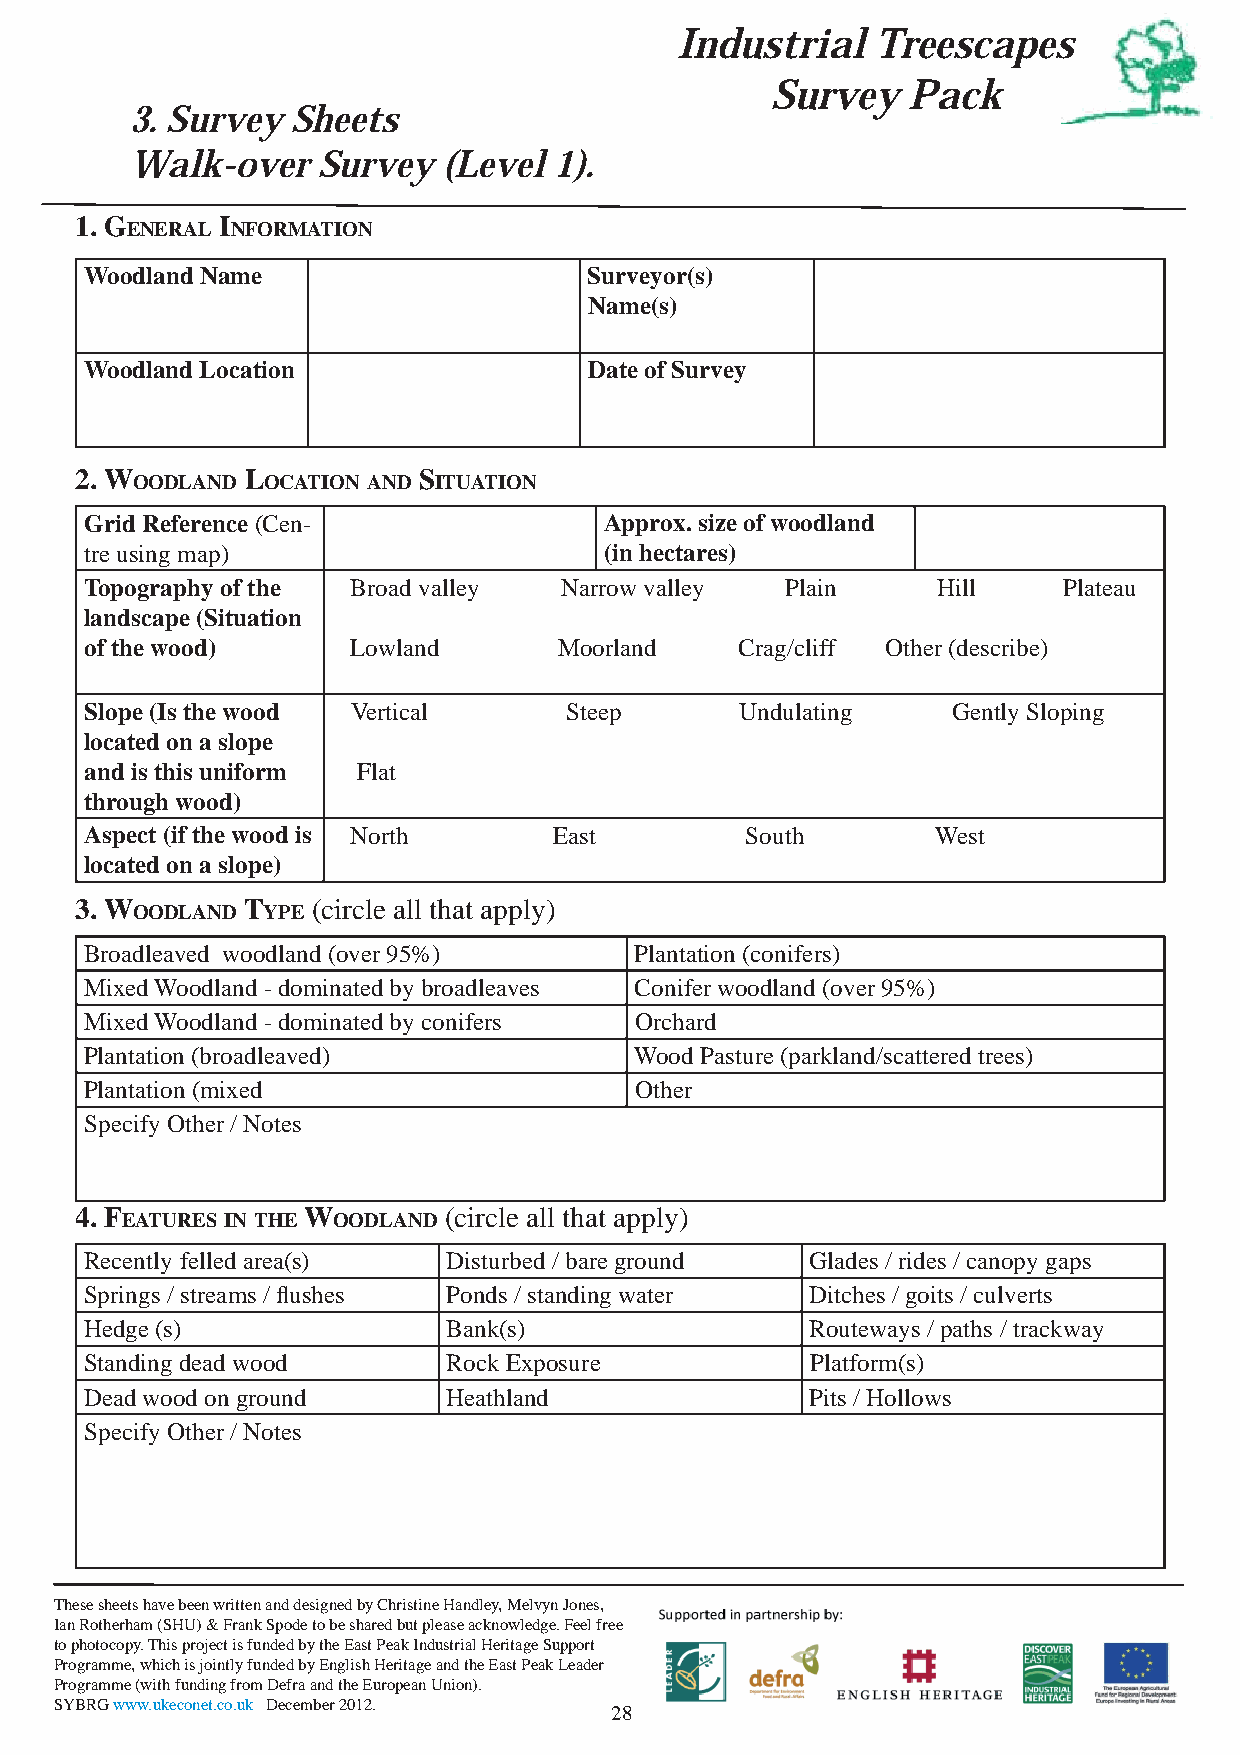
Industrial   Treescapes
 Survey   Pack
 3. Survey Sheets
 Walk-over   Survey  (Level  1).
 1. G      I
 ENERAL NFORMATION
 Woodland Name                    Surveyor(s)
 Name(s)
 Woodland Location                Date of Survey
 2. W       L           S
 OODLAND OCATION AND ITUATION
 Grid Reference (Cen-              Approx. size of woodland
 tre using map)                    (in hectares)
 Topography of the Broad valley Narrow valley  Plain     Hill    Plateau
 landscape (Situation
 of the wood)     Lowland       Moorland    Crag/cliff Other (describe)
 Slope (Is the wood Vertical    Steep       Undulating    Gently Sloping
 located on a slope
 and is this uniform Flat
 through wood)
 Aspect (if the wood is North   East        South        West
 located on a slope)
 3. W       T    (circle all that apply)
 OODLAND YPE
 Broadleaved woodland (over 95%)     Plantation (conifers)
 Mixed Woodland - dominated by broadleaves Conifer woodland (over 95%)
 Mixed Woodland - dominated by conifers Orchard
 Plantation (broadleaved)            Wood Pasture (parkland/scattered trees)
 Plantation (mixed                   Other
 Specify Other / Notes
 4. F           W        (circle all that apply)
 EATURES IN THE OODLAND
 Recently felled area(s) Disturbed / bare ground Glades / rides / canopy gaps
 Springs / streams / fl ushes Ponds / standing water Ditches / goits / culverts
 Hedge (s)               Bank(s)                 Routeways / paths / trackway
 Standing dead wood      Rock Exposure           Platform(s)
 Dead wood on ground     Heathland               Pits / Hollows
 Specify Other / Notes
 These sheets have been written and designed by Christine Handley, Melvyn Jones,
 Ian Rotherham (SHU) & Frank Spode to be shared but please acknowledge. Feel free
 to photocopy. This project is funded by the East Peak Industrial Heritage Support
 Programme, which is jointly funded by English Heritage and the East Peak Leader
 Programme (with funding from Defra and the European Union).
 SYBRG www.ukeconet.co.uk December 2012.
 28